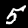
Label: 5